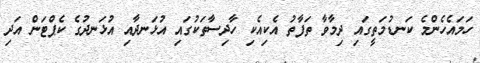
ހަމައެހެންމެ ކަނޑުމަތީގައި ދިމާވާ ތަފާތު އެކިއެކި ހާދިސާތަކުގައި އުޅަނދާއި އުޅަނދުގެ ކެޕްޓަން އަދި